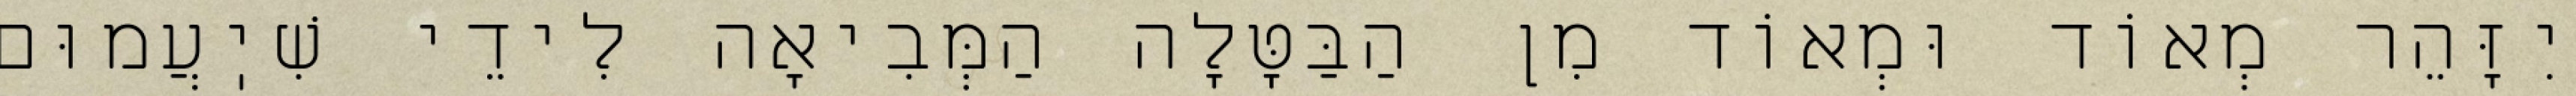
יִזָּהֵר מְאוֹד וּמְאוֹד מִן הַבַּטָּלָה הַמְּבִיאָה לִידֵי שִׁיֽעֲמוּם